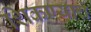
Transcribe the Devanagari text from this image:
शिकण्याचं